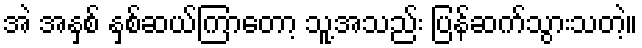
အဲ အနှစ် နှစ်ဆယ်ကြာတော့ သူ့အသည်း ပြန်ဆက်သွားသတဲ့။